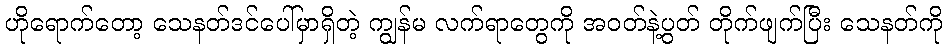
ဟိုရောက်တော့ သေနတ်ဒင်ပေါ်မှာရှိတဲ့ ကျွန်မ လက်ရာတွေကို အဝတ်နဲ့ပွတ် တိုက်ဖျက်ပြီး သေနတ်ကို